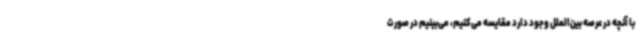
با آنچه در عرصه بین‌الملل وجود دارد مقایسه می‌کنیم، می‌بینیم در صورت